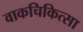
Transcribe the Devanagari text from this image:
वाकचिकित्सा